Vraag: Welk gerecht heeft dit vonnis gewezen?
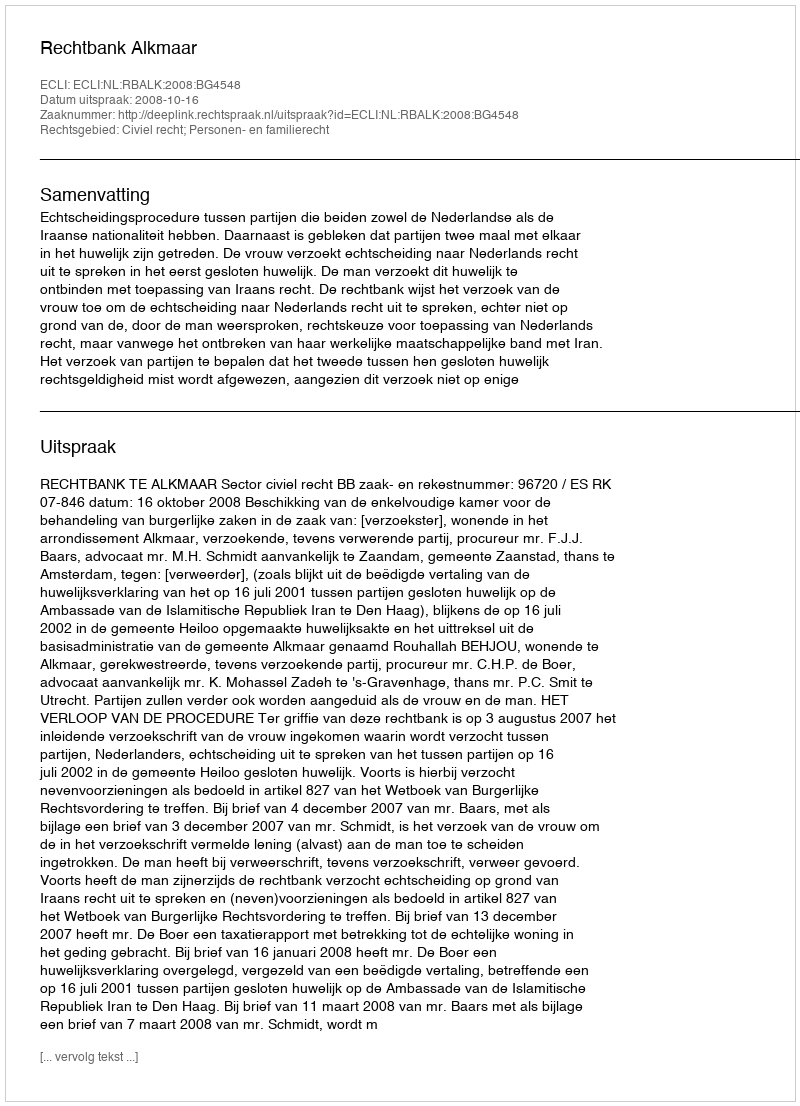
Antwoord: Rechtbank Alkmaar